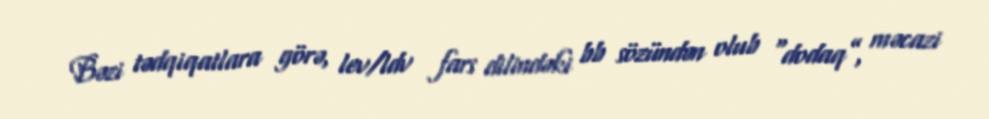
Bəzi tədqiqatlara görə, lev/ldv fars dilindəki bb sözündən olub “dodaq”, məcazi